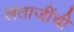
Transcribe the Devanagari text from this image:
लताजींची